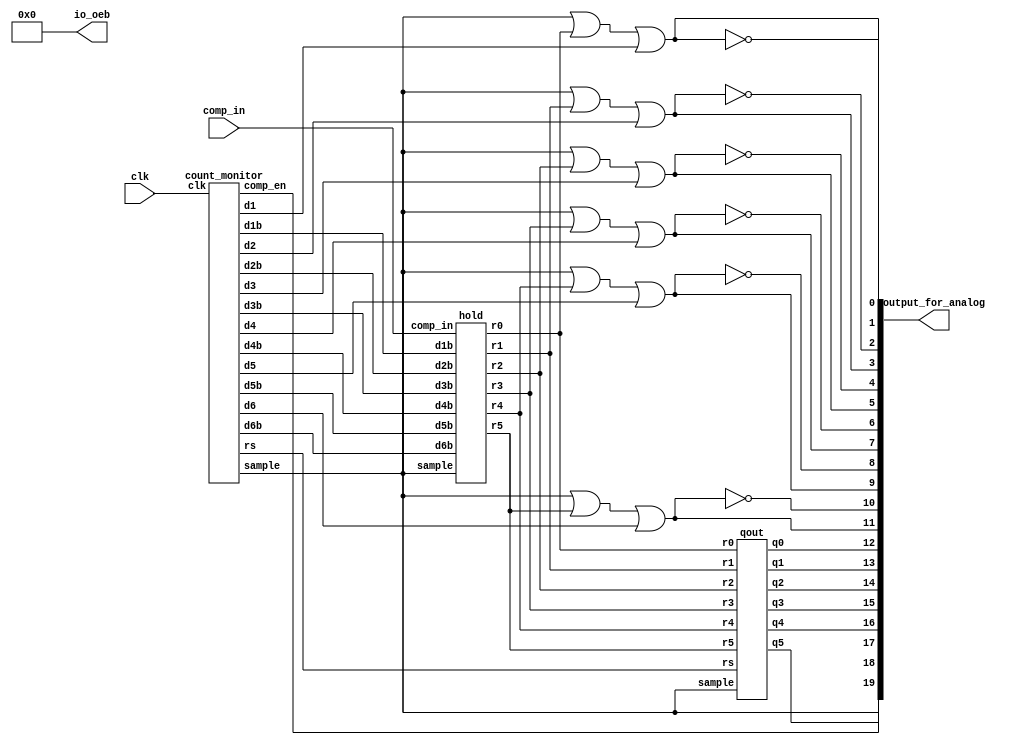
`default_nettype none

module sar_logic (
`ifdef USE_POWER_PINS
    inout vccd1,	// User area 1 1.8V supply
    inout vssd1,	// User area 1 digital ground
`endif
    input clk,
    input comp_in,

    output wire [19:0] output_for_analog,
    output wire [20:0] io_oeb);

    assign io_oeb = 21'b000000000000000000000;

    wire comp_en,sample;
    wire q5,q4,q3,q2,q1,q0;
    wire sw5,sw5b,sw4,sw4b,sw3,sw3b,sw2,sw2b,sw1,sw1b,sw0,sw0b;
    wire d1,d2,d3,d4,d5,d6;
    wire d1b,d2b,d3b,d4b,d5b,d6b;
    wire r0,r1,r2,r3,r4,r5,rs;

    count_monitor ccc ( .clk(clk),
                        .comp_en (comp_en),
                        .sample (sample),
                        .d1 (d1),
                        .d1b (d1b),
                        .d2 (d2),
                        .d2b (d2b),
                        .d3 (d3),
                        .d3b (d3b),
                        .d4 (d4),
                        .d4b (d4b),
                        .d5 (d5),
                        .d5b (d5b),
                        .d6 (d6),
                        .d6b (d6b),
                        .rs (rs));
    
    hold hhh ( .comp_in(comp_in),
                .sample(sample),
                .d1b(d1b),
                .d2b(d2b),
                .d3b(d3b),
                .d4b(d4b),
                .d5b(d5b),
                .d6b(d6b),
                .r5(r5),
                .r4(r4),
                .r3(r3),
                .r2(r2),
                .r1(r1),
                .r0(r0));

    qout qqq ( .sample(sample),
                .rs(rs),
                .r5(r5),
                .r4(r4),
                .r3(r3),
                .r2(r2),
                .r1(r1),
                .r0(r0),
                .q5(q5),
                .q4(q4),
                .q3(q3),
                .q2(q2),
                .q1(q1),
                .q0(q0));

    assign sw5 = sample | r5 | d6;
    assign sw5b = ~sw5;
    assign sw4 = sample | r4 | d5;
    assign sw4b = ~sw4;
    assign sw3 = sample | r3 | d4;
    assign sw3b = ~sw3;
    assign sw2 = sample | r2 | d3;
    assign sw2b = ~sw2;
    assign sw1 = sample | r1 | d2;
    assign sw1b = ~sw1;
    assign sw0 = sample | r0 | d1;
    assign sw0b = ~sw0;

    assign output_for_analog = {comp_en,sample,q5,q4,q3,q2,q1,q0,sw5,sw5b,sw4,sw4b,sw3,sw3b,sw2,sw2b,sw1,sw1b,sw0,sw0b};

        
endmodule

// dff
module dff ( input wire d,
              input wire rst,
              input wire clk,
              output reg q,
              output wire qn);
	
      initial begin
        q <= 0;
      end

      always @ (posedge clk or posedge rst)
            if (rst)
                  q <= 0;
            else
                  q <= d;
      
      assign qn = ~q;

endmodule

// hold
module hold ( input wire comp_in,
                input wire sample,
                input wire d1b,
                input wire d2b,
                input wire d3b,
                input wire d4b,
                input wire d5b,
                input wire d6b,
                output wire r5,
                output wire r4,
                output wire r3,
                output wire r2,
                output wire r1,
                output wire r0);

    dff dff5 ( .d(comp_in),
                .rst (sample),
                .clk (d6b),
                .q (r5),
				.qn ()),
        dff4 ( .d(comp_in),
                .rst (sample),
                .clk (d5b),
                .q (r4),
				.qn ()),
        dff3 ( .d(comp_in),
                .rst (sample),
                .clk (d4b),
                .q (r3),
				.qn ()),
        dff2 ( .d(comp_in),
                .rst (sample),
                .clk (d3b),
                .q (r2),
				.qn ()),
        dff1 ( .d(comp_in),
                .rst (sample),
                .clk (d2b),
                .q (r1),
				.qn ()),
        dff0 ( .d(comp_in),
                .rst (sample),
                .clk (d1b),
                .q (r0),
				.qn ());



endmodule

// qout
module qout ( input wire sample,
                input wire rs,
                input wire r5,
                input wire r4,
                input wire r3,
                input wire r2,
                input wire r1,
                input wire r0,
                output wire q5,
                output wire q4,
                output wire q3,
                output wire q2,
                output wire q1,
                output wire q0);

    dff dff6 ( .d(r5),
                .rst (sample),
                .clk (rs),
                .q (q5),
				.qn ()),
        dff5 ( .d(r4),
                .rst (sample),
                .clk (rs),
                .q (q4),
				.qn ()),
        dff4 ( .d(r3),
                .rst (sample),
                .clk (rs),
                .q (q3),
				.qn ()),
        dff3 ( .d(r2),
                .rst (sample),
                .clk (rs),
                .q (q2),
				.qn ()),
        dff2 ( .d(r1),
                .rst (sample),
                .clk (rs),
                .q (q1),
				.qn ()),
        dff1 ( .d(r0),
                .rst (sample),
                .clk (rs),
                .q (q0),
				.qn ());



endmodule

// count_monitor
module count_monitor ( input wire clk,
                    output reg comp_en,
                    output reg sample,
                    output reg d1,
                    output wire d1b,
                    output reg d2,
                    output wire d2b,
                    output reg d3,
                    output wire d3b,
                    output reg d4,
                    output wire d4b,
                    output reg d5,
                    output wire d5b,
                    output reg d6,
                    output wire d6b,
                    output reg rs);

    reg [4:0] sar_counter;

    // 
    initial begin
        sar_counter = 8;
        comp_en <= 1;
        sample <= 0;
        d1 <= 0;
        d2 <= 0;
        d3 <= 0;
        d4 <= 0;
        d5 <= 0;
        d6 <= 0;
        rs <= 0;
    end

    // 
    always @ (posedge clk)
        if (sar_counter == 8) begin
            sample <= 0;
            sar_counter = sar_counter - 1;
        end
        else if (sar_counter == 7) begin
            comp_en <= 0;
            d6 <= 1;
            sar_counter = sar_counter - 1;
        end
        else if (sar_counter == 6) begin
            d5 <= 1;
            d6 <= 0;
            sar_counter = sar_counter - 1;
        end
        else if (sar_counter == 5) begin
            d4 <= 1;
            d5 <= 0;
            sar_counter = sar_counter - 1;
        end
        else if (sar_counter == 4) begin
            d3 <= 1;
            d4 <= 0;
            sar_counter = sar_counter - 1;
        end
        else if (sar_counter == 3) begin
            d2 <= 1;
            d3 <= 0;
            sar_counter = sar_counter - 1;
        end
        else if (sar_counter == 2) begin
            d1 <= 1;
            d2 <= 0;
            sar_counter = sar_counter - 1;
        end
        else if (sar_counter == 1) begin
            d1 <= 0;
            comp_en <= 1;
            sar_counter = sar_counter - 1;
        end
        else if (sar_counter == 0) begin
            sample <= 1;
            sar_counter = 8;
        end

    always @ (negedge clk)
        if (sar_counter == 0) begin
            rs <= 1;
            sample <= 1;
        end
        else if (sar_counter == 8) begin
            rs <= 0;
        end

    assign d1b = ~d1;
    assign d2b = ~d2;
    assign d3b = ~d3;
    assign d4b = ~d4;
    assign d5b = ~d5;
    



endmodule